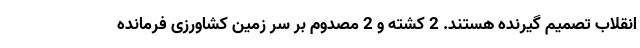
انقلاب تصمیم گیرنده هستند. 2 کشته و 2 مصدوم بر سر زمین کشاورزی فرمانده